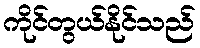
ကိုင်တွယ်နိုင်သည်